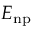
E _ { \mathrm { n p } }